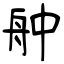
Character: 舯